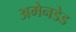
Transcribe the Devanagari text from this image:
अमेनडेड